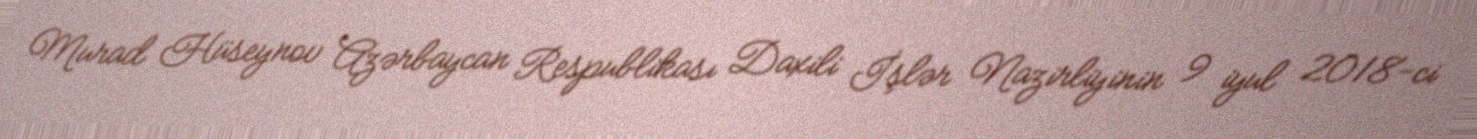
Murad Hüseynov Azərbaycan Respublikası Daxili İşlər Nazirliyinin 9 iyul 2018-ci